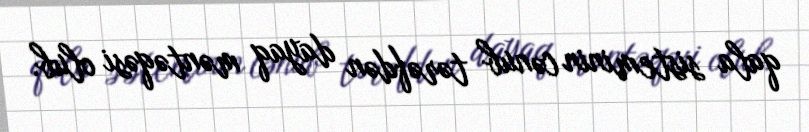
qala sisteminin cənub tərəfdən dayaq məntəqəsi olub.